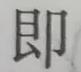
即